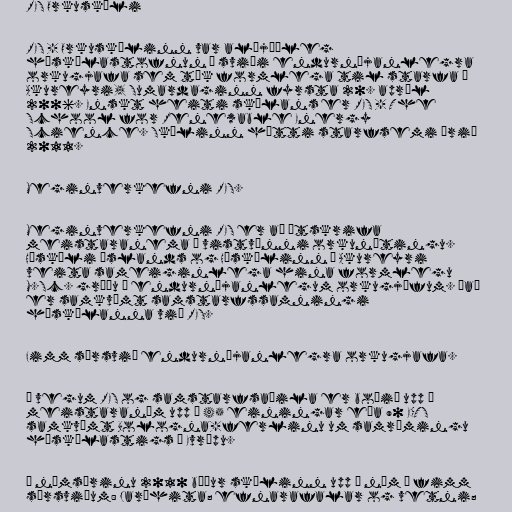
RES Orkuskóli

RES - Orkuskólinn var alþjóðleg
háskólastofnun á sviði endurnýjanlegra
orkugjafa sem tók formlega til starfa á
Akureyri, Sumardaginn fyrsta 20. apríl
2006. Enskt heiti skólans er RES - The
School for Renewable Energy
Science. Skólinn hætti starfsemi árið
2011.

Meginverkefni RES.

Meginverkefni RES er að útskrifa
meistaranema í vistvænni orkunýtingu.
Háskóli Íslands og Háskólinn á Akureyri
veita sameiginlega hina formlegu
M.Sc. gráðu í endurnýjanlegum orkugjöfum. Það
er samkvæmt samstarfssamningi
háskólanna við RES.

Fimm sérsvið endurnýjanlegra orkugjafa.

Á vegum RES og samstarfsaðila er boðið upp á
meistaranám upp á 45 einingar eða 90 ECTS
samkvæmt Bologna-ferlinu um samræmingu
háskólastigs í Evrópu.

Á námsárinu 2010 býður skólinn upp á nám á fimm
sérsviðum: Jarðhita; efnarafalar og vetni;